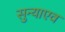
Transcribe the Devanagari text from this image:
सुन्याएव